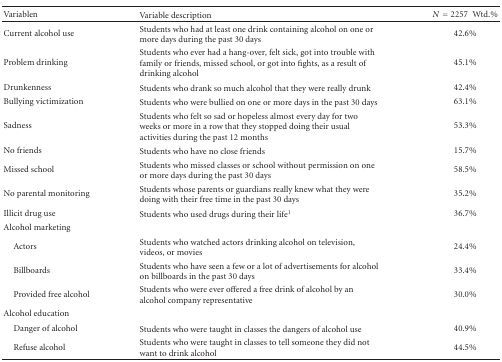
<table><thead><tr><td><b>Variablen</b></td><td><b>Variable description</b></td><td><b><i>N</i> = 2257 Wtd.%</b></td></tr></thead><tbody><tr><td>Current alcohol use</td><td>Students who had at least one drink containing alcohol on one or more days during the past 30 days</td><td>42.6%</td></tr><tr><td>Problem drinking</td><td>Students who ever had a hang-over, felt sick, got into trouble with family or friends, missed school, or got into fights, as a result of drinking alcohol</td><td>45.1%</td></tr><tr><td>Drunkenness</td><td>Students who drank so much alcohol that they were really drunk</td><td>42.4%</td></tr><tr><td>Bullying victimization</td><td>Students who were bullied on one or more days in the past 30 days</td><td>63.1%</td></tr><tr><td>Sadness</td><td>Students who felt so sad or hopeless almost every day for two weeks or more in a row that they stopped doing their usual activities during the past 12 months</td><td>53.3%</td></tr><tr><td>No friends</td><td>Students who have no close friends</td><td>15.7%</td></tr><tr><td>Missed school</td><td>Students who missed classes or school without permission on one or more days during the past 30 days</td><td>58.5%</td></tr><tr><td>No parental monitoring</td><td>Students whose parents or guardians really knew what they were doing with their free time in the past 30 days</td><td>35.2%</td></tr><tr><td>Illicit drug use</td><td>Students who used drugs during their life<sup>1</sup></td><td>36.7%</td></tr><tr><td>Alcohol marketing</td><td>[EMPTY_CELL]</td><td>[EMPTY_CELL]</td></tr><tr><td> Actors</td><td>Students who watched actors drinking alcohol on television, videos, or movies</td><td>24.4%</td></tr><tr><td> Billboards</td><td>Students who have seen a few or a lot of advertisements for alcohol on billboards in the past 30 days</td><td>33.4%</td></tr><tr><td> Provided free alcohol</td><td>Students who were ever offered a free drink of alcohol by an alcohol company representative</td><td>30.0%</td></tr><tr><td>Alcohol education</td><td>[EMPTY_CELL]</td><td>[EMPTY_CELL]</td></tr><tr><td> Danger of alcohol</td><td>Students who were taught in classes the dangers of alcohol use</td><td>40.9%</td></tr><tr><td> Refuse alcohol</td><td>Students who were taught in classes to tell someone they did not want to drink alcohol</td><td>44.5%</td></tr></tbody></table>